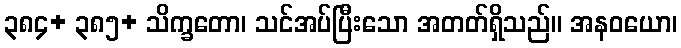
၃၈၄+ ၃၈၅+ သိက္ခတော၊ သင်အပ်ပြီးသော အတတ်ရှိသည်။ အနဝယော၊